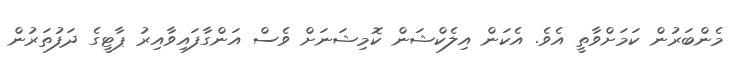
މެންބަރުން ކަމަށްވާތީ އެވެ. އެކަން އިލެކްޝަން ކޮމިޝަނަށް ވެސް އަންގާފައިވާއިރު ޕާޓީގެ ދަފުތަރުން